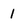
Character: 1